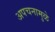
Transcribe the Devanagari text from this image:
अपचनामुळे